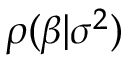
\rho ( { \boldsymbol { \beta } } | \sigma ^ { 2 } )